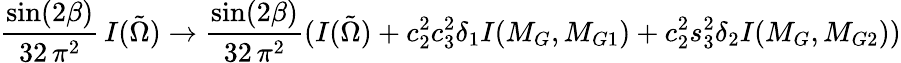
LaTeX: \frac{\sin(2\beta)}{32\, \pi^{2}}\, I(\tilde{\Omega})\rightarrow\frac{\sin(2\beta)}{32\, \pi^{2}}(I(\tilde{\Omega})+c_{2}^{2}c_{3}^{2}\delta_{1}I(M_{G},M_{G1})+c_{2}^{2}s_{3}^{2}\delta_{2}I(M_{G},M_{G2}))